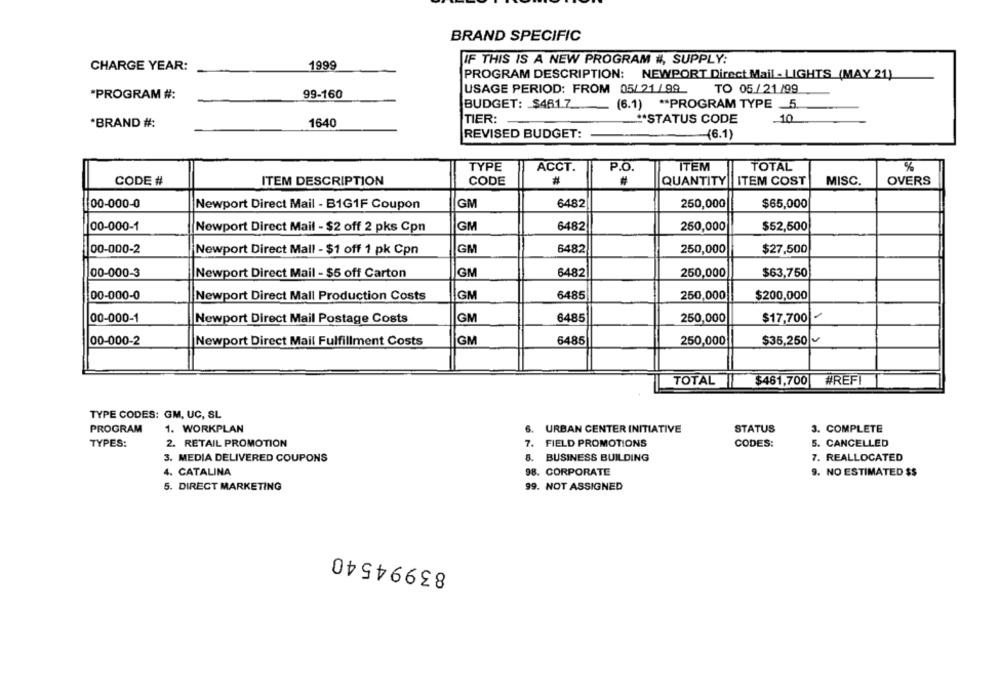
BRAND SPECIFIC
IF THIS IS A NEW PROGRAM #, SUPPLY:
CHARGE YEAR:
1999
PROGRAM DESCRIPTION: NEWPORT Direct Mail - LIGHTS (MAY 21)
USAGE PERIOD: FROM 05/ 21/99
TO 05/21/99
*PROGRAM #:
99-160
BUDGET: $461.7
(6.1) ** PROGRAM TYPE _5.
-
TIER:
*BRAND #:
1640
** STATUS CODE
10
REVISED BUDGET:
(6.1)
ITEM
TOTAL
%
TYPE
ACCT.
P.O.
CODE
#
QUANTITY
ITEM COST
MISC.
OVERS
CODE #
ITEM DESCRIPTION
00-000-0
Newport Direct Mail - B1G1F Coupon
GM
6482
250,000
$65,000
00-000-1
Newport Direct Mail - $2 off 2 pks Cpn
GM
6482
250,000
$52,500
00-000-2
GM
6482
250,000
$27,500
Newport Direct Mall - $1 off 1 pk Cpn
GM
6482
00-000-3
Newport Direct Mail - $5 off Carton
250,000
$63,750
00-000-0
Newport Direct Mall Production Costs
GM
6485
250,000
$200,000
00-000-1
IGM
6485
250,000
$17,700
Newport Direct Mail Postage Costs
6485
250,000
$35,250
00-000-2
Newport Direct Mail Fulfillment Costs
GM
TOTAL
$461,700
#REFI
TYPE CODES: GM, UC, SL
PROGRAM
1. WORKPLAN
6.
URBAN CENTER INITIATIVE
STATUS
3. COMPLETE
TYPES:
2. RETAIL PROMOTION
7. FIELD PROMOTIONS
CODES:
5. CANCELLED
3. MEDIA DELIVERED COUPONS
8. BUSINESS BUILDING
7. REALLOCATED
4. CATALINA
98. CORPORATE
9. NO ESTIMATED $$
5. DIRECT MARKETING
99. NOT ASSIGNED
83994540